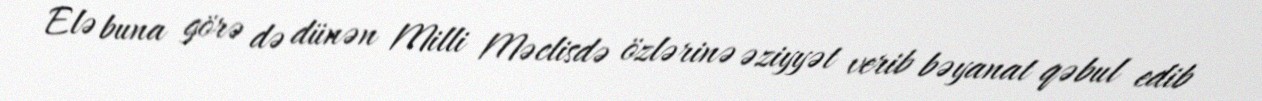
Elə buna görə də dünən Milli Məclisdə özlərinə əziyyət verib bəyanat qəbul edib